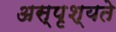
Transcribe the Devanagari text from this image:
अस्पृश्यते